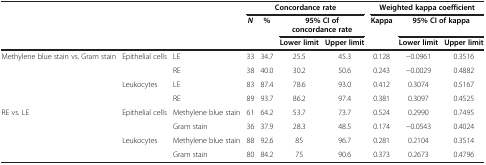
<table><thead><tr><td rowspan="3" colspan="3"><b> </b></td><td colspan="4"><b>Concordance rate</b></td><td colspan="3"><b>Weighted kappa coefficient</b></td></tr><tr><td><b><i>N</i></b></td><td><b>%</b></td><td colspan="2"><b>95% CI of concordance rate</b></td><td><b>Kappa</b></td><td colspan="2"><b>95% CI of kappa</b></td></tr><tr><td><b> </b></td><td><b> </b></td><td><b>Lower limit</b></td><td><b>Upper limit</b></td><td><b> </b></td><td><b>Lower limit</b></td><td><b>Upper limit</b></td></tr></thead><tbody><tr><td rowspan="4">Methylene blue stain vs. Gram stain</td><td rowspan="2">Epithelial cells</td><td>LE</td><td>33</td><td>34.7</td><td>25.5</td><td>45.3</td><td>0.128</td><td>−0.0961</td><td>0.3516</td></tr><tr><td>RE</td><td>38</td><td>40.0</td><td>30.2</td><td>50.6</td><td>0.243</td><td>−0.0029</td><td>0.4882</td></tr><tr><td rowspan="2">Leukocytes</td><td>LE</td><td>83</td><td>87.4</td><td>78.6</td><td>93.0</td><td>0.412</td><td>0.3074</td><td>0.5167</td></tr><tr><td>RE</td><td>89</td><td>93.7</td><td>86.2</td><td>97.4</td><td>0.381</td><td>0.3097</td><td>0.4525</td></tr><tr><td rowspan="4">RE vs. LE</td><td rowspan="2">Epithelial cells</td><td>Methylene blue stain</td><td>61</td><td>64.2</td><td>53.7</td><td>73.7</td><td>0.524</td><td>0.2990</td><td>0.7495</td></tr><tr><td>Gram stain</td><td>36</td><td>37.9</td><td>28.3</td><td>48.5</td><td>0.174</td><td>−0.0543</td><td>0.4024</td></tr><tr><td rowspan="2">Leukocytes</td><td>Methylene blue stain</td><td>88</td><td>92.6</td><td>85</td><td>96.7</td><td>0.281</td><td>0.2104</td><td>0.3514</td></tr><tr><td>Gram stain</td><td>80</td><td>84.2</td><td>75</td><td>90.6</td><td>0.373</td><td>0.2673</td><td>0.4796</td></tr></tbody></table>